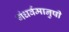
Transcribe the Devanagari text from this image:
गंधर्वमानुषी